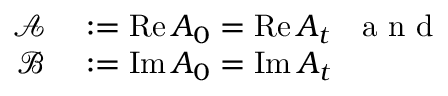
\begin{array} { r l } { \mathcal { A } } & { { } : = \operatorname { R e } A _ { 0 } = \operatorname { R e } A _ { t } \mathrm { ~ \ \ a ~ n ~ d ~ } } \\ { \mathcal { B } } & { { } : = \operatorname { I m } A _ { 0 } = \operatorname { I m } A _ { t } } \end{array}